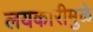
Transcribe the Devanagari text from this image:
लयकारीमुळे